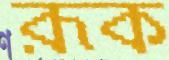
রূক